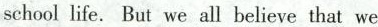
school life.But we all believe that we